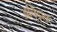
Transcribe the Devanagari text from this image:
अचिद्स